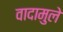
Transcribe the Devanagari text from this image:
वादामुले